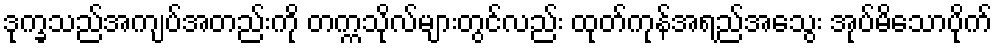
ဒုက္ခသည်အကျပ်အတည်းကို တက္ကသိုလ်များတွင်လည်း ထုတ်ကုန်အရည်အသွေး အုပ်မိသောပိုက်